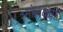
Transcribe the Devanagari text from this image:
मोलदोवी